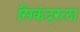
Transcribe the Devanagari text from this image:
सिकंदरला